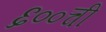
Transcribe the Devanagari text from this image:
६००ची